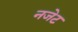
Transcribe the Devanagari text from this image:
नजेट